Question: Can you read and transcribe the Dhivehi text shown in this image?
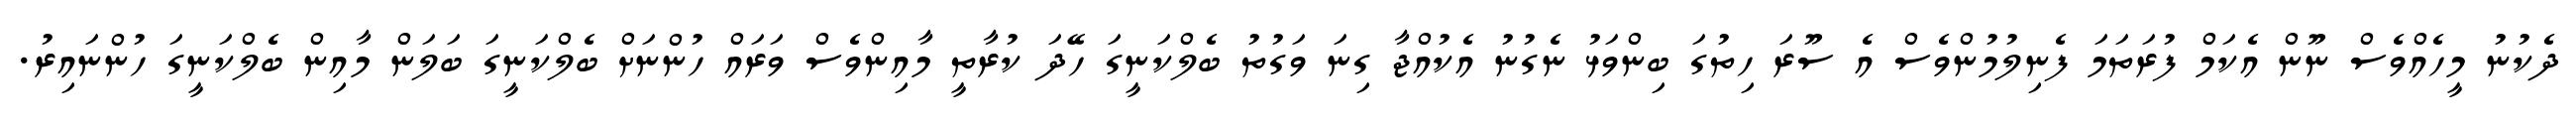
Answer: ދެކުނު މީހެއްވެސް ނޫން އެކަމް ފުރަތަމަ ފެނިލުމުންވެސް އެ ސޫރަ ހިތުގަ ބިންވަޅު ނެގުނު އެކުއްޖާ ގިނަ ވަގުތު ބެލްކަނީގަ ހޭދަ ކުރާތީ މާއިންވެސް ވަރައް ހުންނަށް ބެލްކަނީގަ ބަލަން މާއިން ބެލްކަނީގަ ހުންނައިރު.